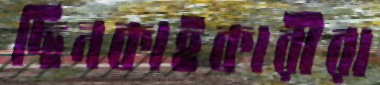
ছিনকাইকারীরা